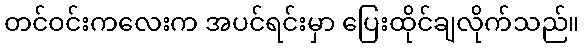
တင်ဝင်းကလေးက အပင်ရင်းမှာ ပြေးထိုင်ချလိုက်သည်။